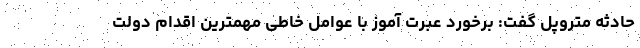
حادثه متروپل گفت: برخورد عبرت آموز با عوامل خاطی مهمترین اقدام دولت